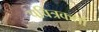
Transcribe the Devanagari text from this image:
पवित्रकर्ता